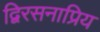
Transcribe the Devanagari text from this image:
द्विरसनाप्रिय